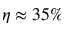
\eta \approx 3 5 \%